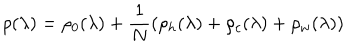
LaTeX: \rho ( \lambda ) = \rho _ { 0 } ( \lambda ) + \frac { 1 } { N } ( \rho _ { h } ( \lambda ) + \rho _ { c } ( \lambda ) + \rho _ { w } ( \lambda ) )